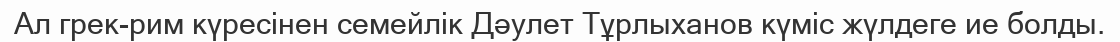
Ал грек-рим күресінен семейлік Дәулет Тұрлыханов күміс жүлдеге ие болды.